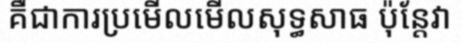
គឺជាការប្រមើលមើលសុទ្ធសាធ ប៉ុន្តែវា